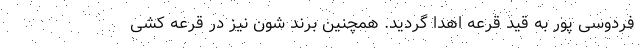
فردوسی پور به قید قرعه اهدا گردید. همچنین برند شون نیز در قرعه کشی